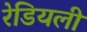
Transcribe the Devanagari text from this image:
रेडियली